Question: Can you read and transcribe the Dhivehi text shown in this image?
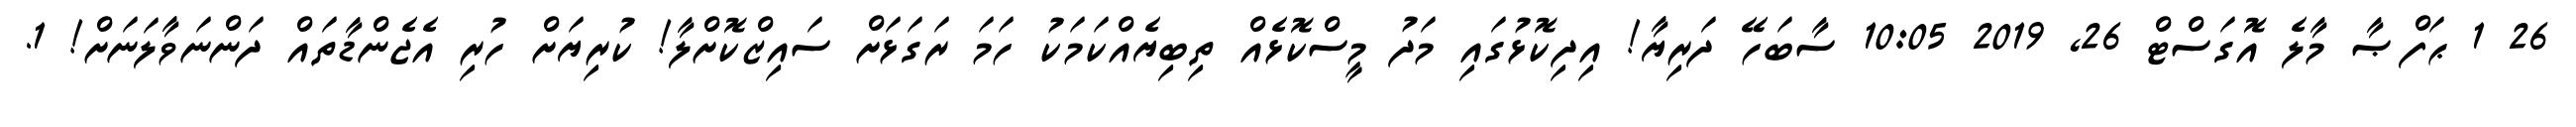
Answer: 26 1 ޙަފްޞާ މާލެ އޮގަސްޓް 26, 2019 10:05 ސާބަހޭ ދަރިޔާ! އިދިކޮޅުގައި މަދު މީސްކޮޅެއް ތިބިޔެއްކަމަކު ހަމަ ރަގަޅަށް ސައިޒްކޮށްލާ! ކުރިޔަށް ހުރި އެޖެންޑާތައް ދަންނަވާލަނަށް! 1.